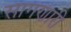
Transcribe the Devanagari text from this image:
सागणारी